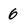
Character: 6